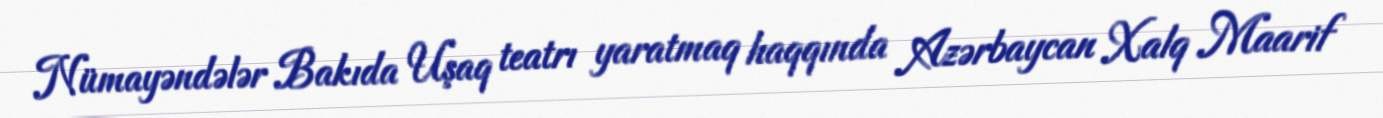
Nümayəndələr Bakıda Uşaq teatrı yaratmaq haqqında Azərbaycan Xalq Maarif